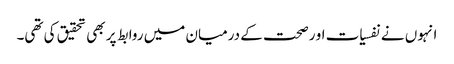
انہوں نے نفسیات او رصحت کے درمیان میں روابط پر بھی تحقیق کی تھی۔